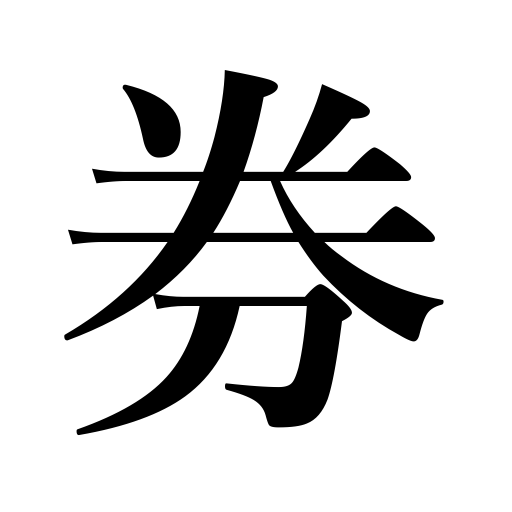
Meanings: ticket,certificate,bond,coupon